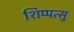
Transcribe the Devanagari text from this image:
शिप्पत्सु